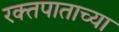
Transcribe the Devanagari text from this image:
रक्तपाताच्या